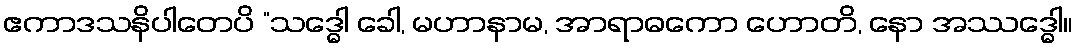
ဧကာဒသနိပါတေပိ “သဒ္ဓေါ ခေါ, မဟာနာမ, အာရာဓကော ဟောတိ, နော အဿဒ္ဓေါ။